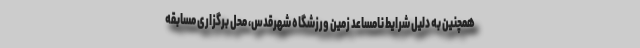
همچنین به دلیل شرایط نامساعد زمین ورزشگاه شهرقدس، محل برگزاری مسابقه